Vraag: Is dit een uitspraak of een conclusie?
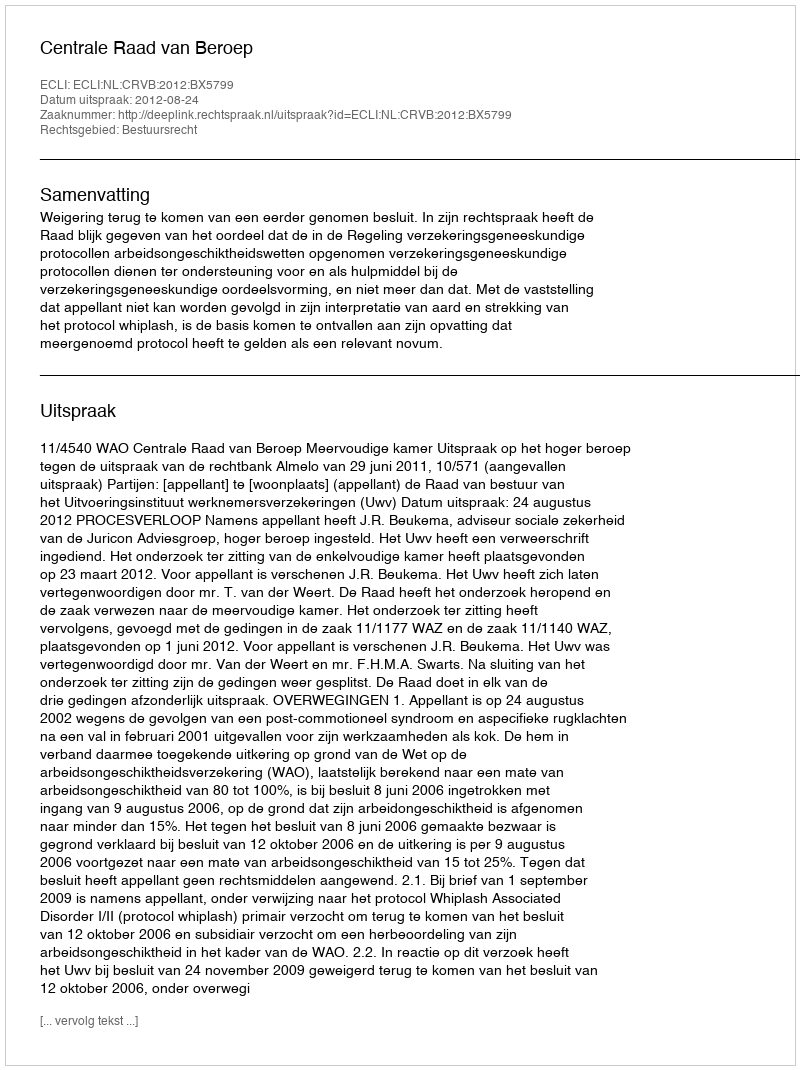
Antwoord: Uitspraak